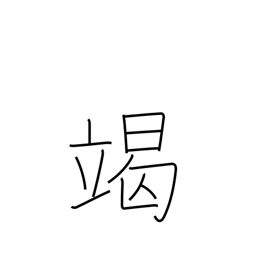
Meaning: exhaust